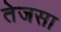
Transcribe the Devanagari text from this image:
तेजसा